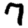
Digit: 7